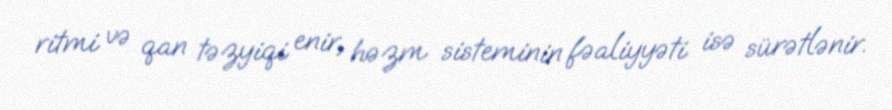
ritmi və qan təzyiqi enir, həzm sisteminin fəaliyyəti isə sürətlənir.